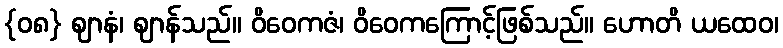
{၀၈} ဈာနံ၊ ဈာန်သည်။ ဝိဝေကဇံ၊ ဝိဝေကကြောင့်ဖြစ်သည်။ ဟောတိ ယထေဝ၊